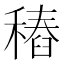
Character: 𥡟